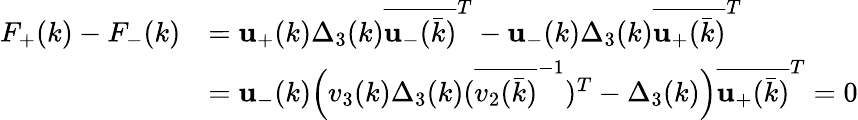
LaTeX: \begin{array}{rl}{F_{+}(k)-F_{-}(k)}&{=\mathbf{u}_{+}(k)\Delta_{3}(k)\overline{{\mathbf{u}_{-}(\bar{k})}}^{T}-\mathbf{u}_{-}(k)\Delta_{3}(k)\overline{{\mathbf{u}_{+}(\bar{k})}}^{T}}\\ &{=\mathbf{u}_{-}(k)\Big(v_{3}(k)\Delta_{3}(k)(\overline{{v_{2}(\bar{k})}}^{-1})^{T}-\Delta_{3}(k)\Big)\overline{{\mathbf{u}_{+}(\bar{k})}}^{T}=0}\end{array}